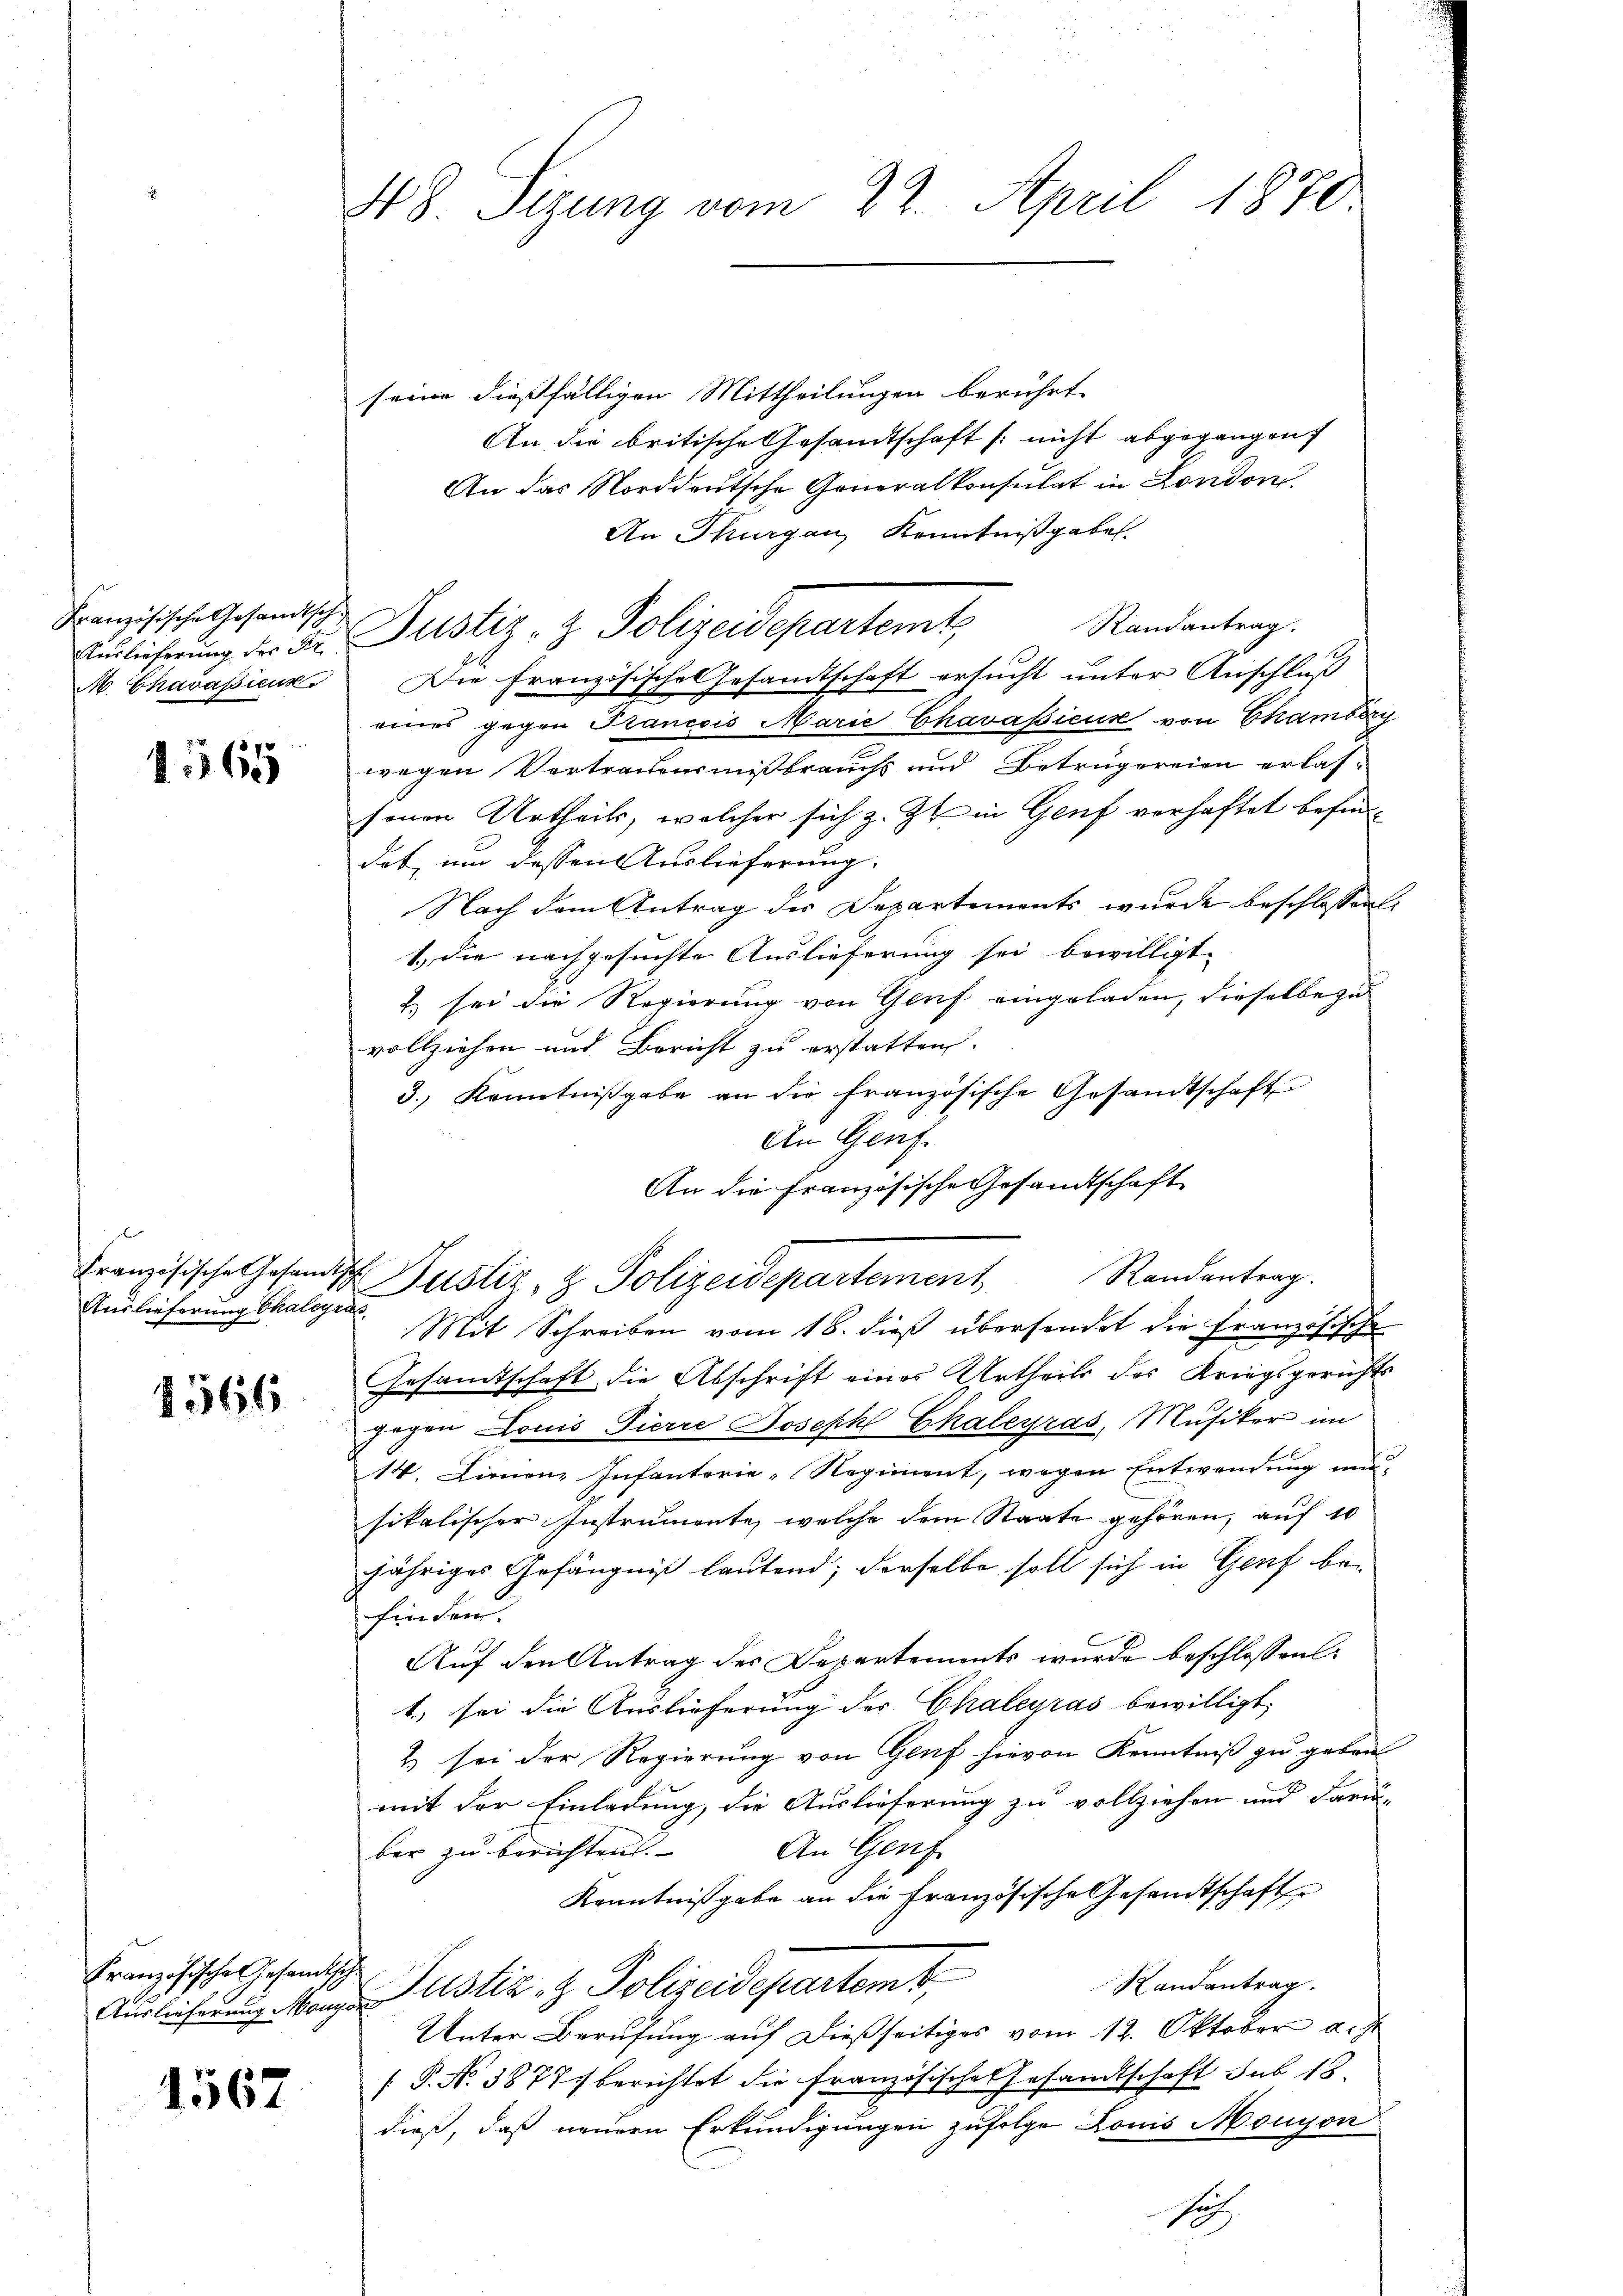
Französische Gesandtsch¬
Auslieferung des Pr
M. Charasiens

1565

Auslieferung Chaleyras

1566

Französische Gesandtsche

1567

48. Sizung vom 22. April 1870

sei dießfälligen Mittheilungen berührt
An die britische Gesandtschaft (: nicht abgegangen
An das Norddeutsche Generalkonsulat in London.
An Thurgau, Kenntnißgaben.
Randantrag
Die Französisches Gesandtschaft ersucht unter Anschluß
eines gegen Francois Marie Chavaßieux von Chamberg
wegen Vertrauensmißbrauchs und Betrugereien erlas-
senen Urtheils, welcher sich z. Zt. in Genf verhaftet befind
dot, um dessen Auslieferung. |
Nach dem Antrag der Departements wurde beschlossen:
1.) die nachgesuchte Auslieferung sei bewilligt.
) sei die Regierung von Genf eingeladen, dieselbe zu
vollziehen und Bericht zu erstatten. |
3.) Kenntnißgabe an die französische Gesandtschaft
An Genf.
An die Französische Gesandtschaft
Mit Schreiben vom 18. dieß übersendet die Französische
Gesandtschaft die Abschrift eines Urtheils des Kriegsgerichts
gegen Louis Pierre Joseph Chaleyras, Musiker im
14. Linienz Infanterie-Regiment, wegen Entwendung masikalischer Instrumente, welche dem Staate gehören, auf 10
jähriges Gefängniß lautend; derselbe soll sich in Genf befinden.
Auf den Antrag der Departements wurde beschlossen:
1.) sei die Auslieferung der Chalegras bewilligt,
2 sei der Regierung von Genf hievon Kenntniß zu geben
mit der Einladung, die Auslieferung zu vollziehen und Fari-
ber zu berichten. |
An Genf
Kenntnißgabe an die Französische Gesandtschaft
Randantrag.
Auslieferung Mange Justiz & Polizeidepartemb
Unter Berufung auf dießseitiges vom 12. Oktober d. J.
[ P. No 38771 berichtet die französisches Gesandtschaft sub 15
dieß, daß neuern Erkundigungen zufolge Louis Monyon
1

Randantrag.
Französische Gesandtsch Justiz & Polizeidepartement

Justiz- & Polizeidepartemt,